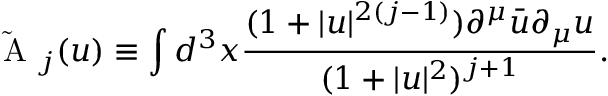
\mathrm { ~ \cal { \tilde { A } } ~ } _ { j } ( u ) \equiv \int d ^ { 3 } x \frac { ( 1 + | u | ^ { 2 ( j - 1 ) } ) \partial ^ { \mu } \bar { u } \partial _ { \mu } u } { ( 1 + | u | ^ { 2 } ) ^ { j + 1 } } .